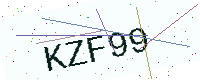
Text: KZF99